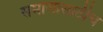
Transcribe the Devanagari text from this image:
समाजासाठीच